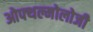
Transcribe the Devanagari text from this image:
ओफ्थल्मोलोजी